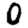
Digit: 0